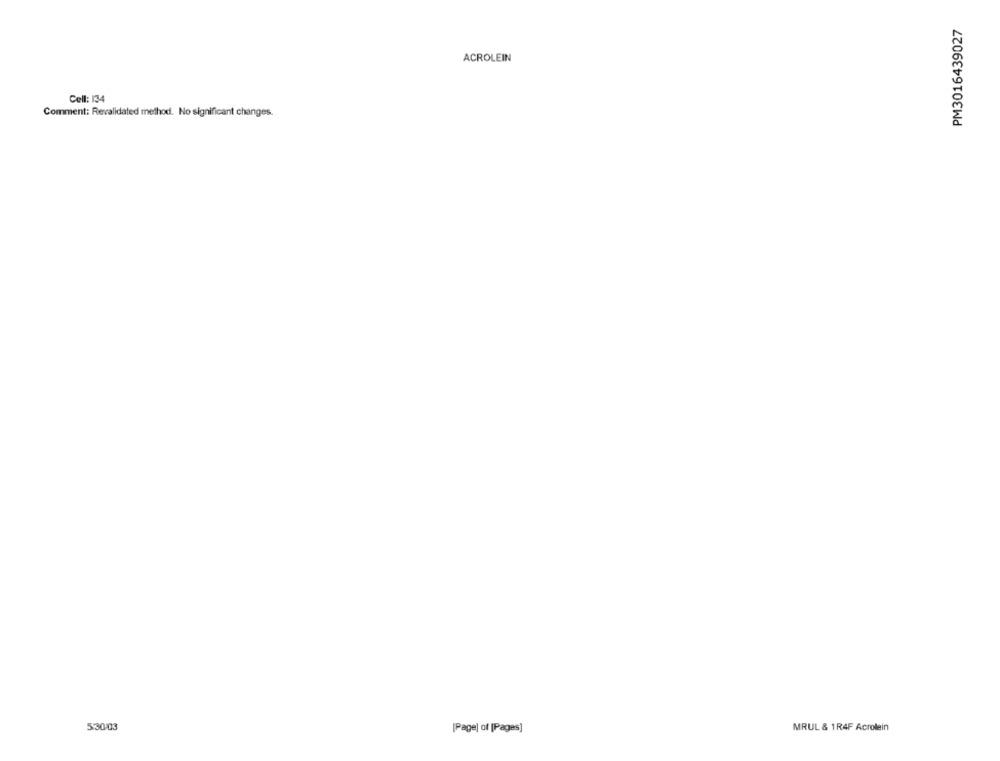
PM3016439027
ACROLEIN
Cell: 134
Comment: Revalidated method. No significant changes.
5:30/03
[Page) of [Pages]
MRUL & 1R4F Acrolein